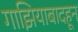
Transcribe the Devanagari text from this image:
गाझियाबादहून